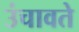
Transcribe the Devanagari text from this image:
उंचावते